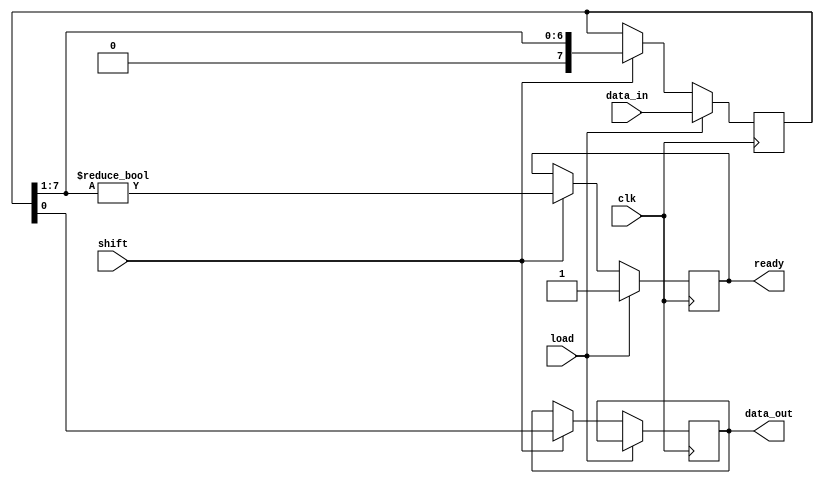
module PISO_Register #(
    parameter n = 8 // Width of the register
)(
    input wire clk,               // Clock signal
    input wire load,              // Load control signal
    input wire shift,             // Shift control signal
    input wire [n-1:0] data_in,   // Parallel input data bus
    output reg data_out,          // Serial output data line
    output reg ready              // Ready signal (optional)
);

    reg [n-1:0] shift_reg;        // Shift register to hold data

    always @(posedge clk) begin
        if (load) begin
            // Load data into the shift register
            shift_reg <= data_in;
            ready <= 1'b1; // Indicate that data is ready to be shifted out
        end else if (shift) begin
            // Shift data out
            data_out <= shift_reg[0]; // Output the LSB
            shift_reg <= {1'b0, shift_reg[n-1:1]}; // Shift right
            ready <= (shift_reg[n-1:1] != 0); // Check if there are more bits to shift
        end
    end

    // Optional: Asynchronous reset functionality
    // Uncomment the following lines if you want to add reset functionality
    /*
    input wire reset; // Asynchronous reset signal
    always @(posedge clk or posedge reset) begin
        if (reset) begin
            shift_reg <= {n{1'b0}}; // Clear the shift register
            data_out <= 1'b0; // Clear the output
            ready <= 1'b0; // Reset ready signal
        end
    end
    */

endmodule